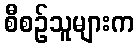
စီစဉ်သူများက